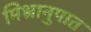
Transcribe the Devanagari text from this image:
मिश्रानुपात